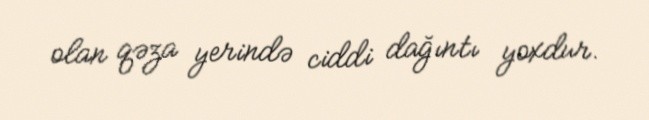
olan qəza yerində ciddi dağıntı yoxdur.